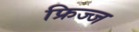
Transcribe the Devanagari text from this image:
फ्रिज्ज